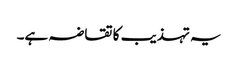
یہ تہذیب کا تقاضہ ہے۔